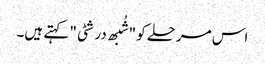
اس مرحلے کو "شُبھ درشٹی" کہتے ہیں۔